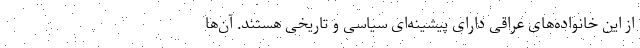
از این خانواده‌های عراقی دارای پیشینه‌ای سیاسی و تاریخی هستند. آن‌ها